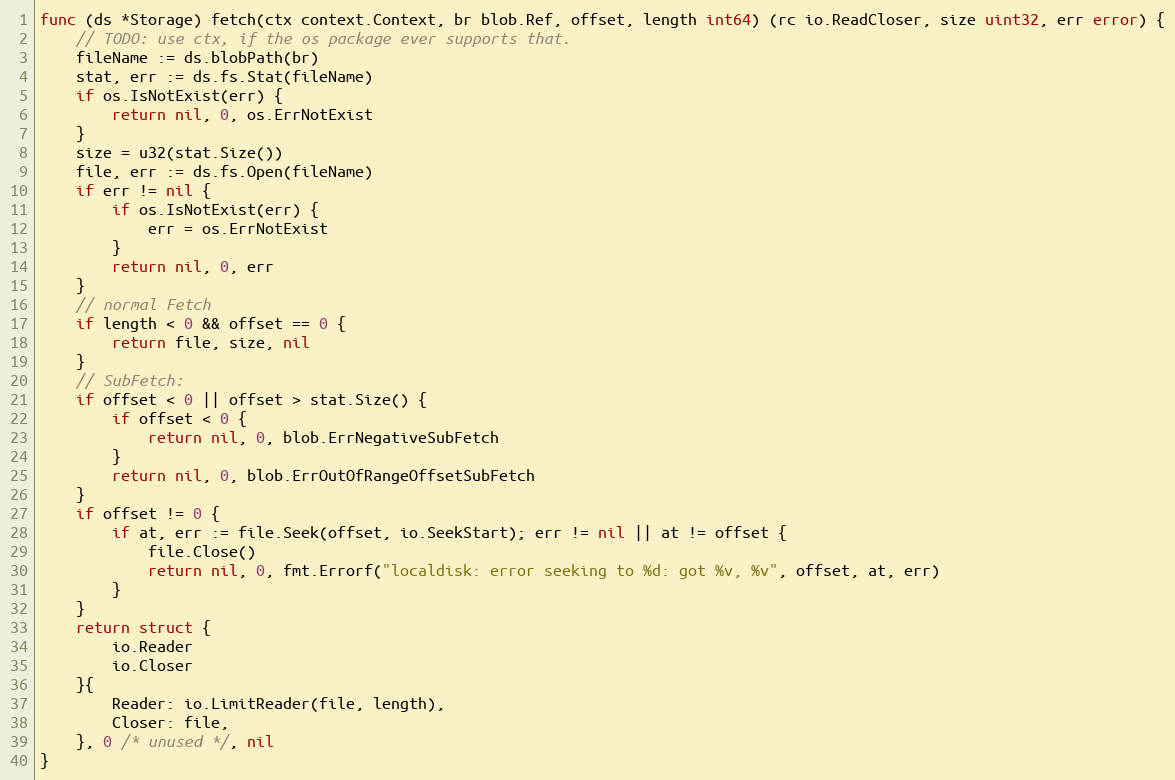
Language: Go
func (ds *Storage) fetch(ctx context.Context, br blob.Ref, offset, length int64) (rc io.ReadCloser, size uint32, err error) {
	// TODO: use ctx, if the os package ever supports that.
	fileName := ds.blobPath(br)
	stat, err := ds.fs.Stat(fileName)
	if os.IsNotExist(err) {
		return nil, 0, os.ErrNotExist
	}
	size = u32(stat.Size())
	file, err := ds.fs.Open(fileName)
	if err != nil {
		if os.IsNotExist(err) {
			err = os.ErrNotExist
		}
		return nil, 0, err
	}
	// normal Fetch
	if length < 0 && offset == 0 {
		return file, size, nil
	}
	// SubFetch:
	if offset < 0 || offset > stat.Size() {
		if offset < 0 {
			return nil, 0, blob.ErrNegativeSubFetch
		}
		return nil, 0, blob.ErrOutOfRangeOffsetSubFetch
	}
	if offset != 0 {
		if at, err := file.Seek(offset, io.SeekStart); err != nil || at != offset {
			file.Close()
			return nil, 0, fmt.Errorf("localdisk: error seeking to %d: got %v, %v", offset, at, err)
		}
	}
	return struct {
		io.Reader
		io.Closer
	}{
		Reader: io.LimitReader(file, length),
		Closer: file,
	}, 0 /* unused */, nil
}